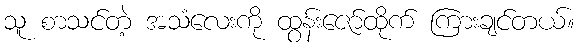
သူ စာသင်တဲ့ အသံလေးကို ထွန်းဇော်ထိုက် ကြားချင်တယ်။